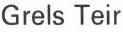
Grels Teir